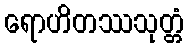
ရောဟိတဿသုတ္တံ